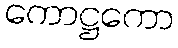
ကောဋ္ဌကော